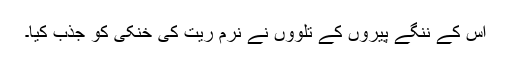
اُس کے ننگے پیروں کے تلووں نے نرم ریت کی خنکی کو جذب کیا۔